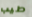
طيب